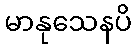
မာနုသေနပိ